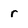
Character: r